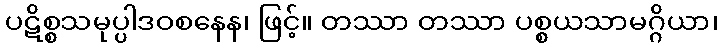
ပဋိစ္စသမုပ္ပါဒဝစနေန၊ ဖြင့်။ တဿာ တဿာ ပစ္စယသာမဂ္ဂိယာ၊